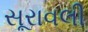
સૂરાવલી